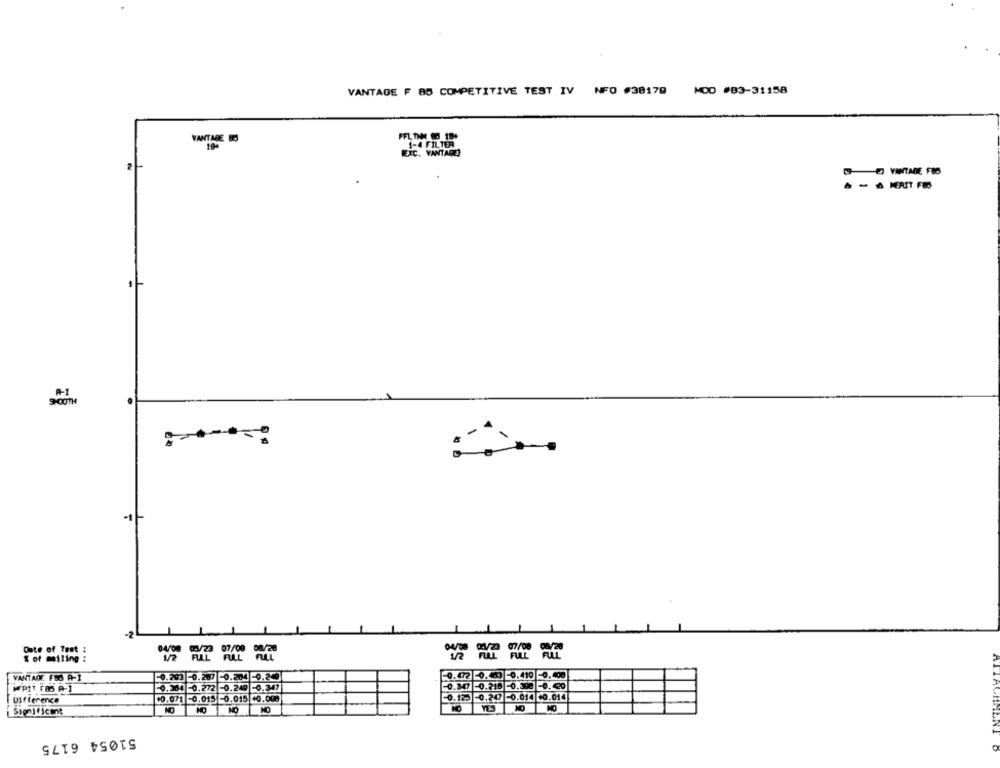
VANTAGE F 85 COMPETITIVE TEST IV NFO #38179
MOD #83-31158
FFL TH @ 18+
VANTAGE BO
1-4 FILTER
EXC. VANTAGE)
VINTAGE FBS
- A MERIT FES
SOUTH
Date of Test :
07/08 04/20
S of miling :
1/2
FULL
FULL
0.203 0.207 -0.204 0.200
0.472 0. 3 0.410 -0.400
VANTAGE. FO A-1
0.164 -0.272 0.249 -0.347
0.347 0.218 0.308 -0.00
Difference
10.071 -0.015 -0.015 +0.000
0.125 0.20 0.014 -0.014
Significant
NO
YES
51054 6175